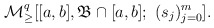
\begin{align*} {\mathcal M}_\geq^q[[a,b],\mathfrak B\cap[a,b];\ (s_j)_{j=0}^m].\end{align*}